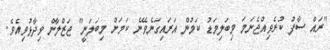
"ރައް ސާފު ކުރެވިއްޖެނަމަ މިބަލިމަޑު ކަމުން އަރައިގަނެވޭނެ ކަމަށް މިބަލަނީ" ޖަޒްލާން ވިދާޅުވިއެވެ.